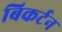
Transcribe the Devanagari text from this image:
बिकर्टन